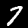
Digit: 7